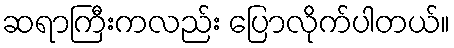
ဆရာကြီးကလည်း ပြောလိုက်ပါတယ်။